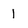
Character: 1